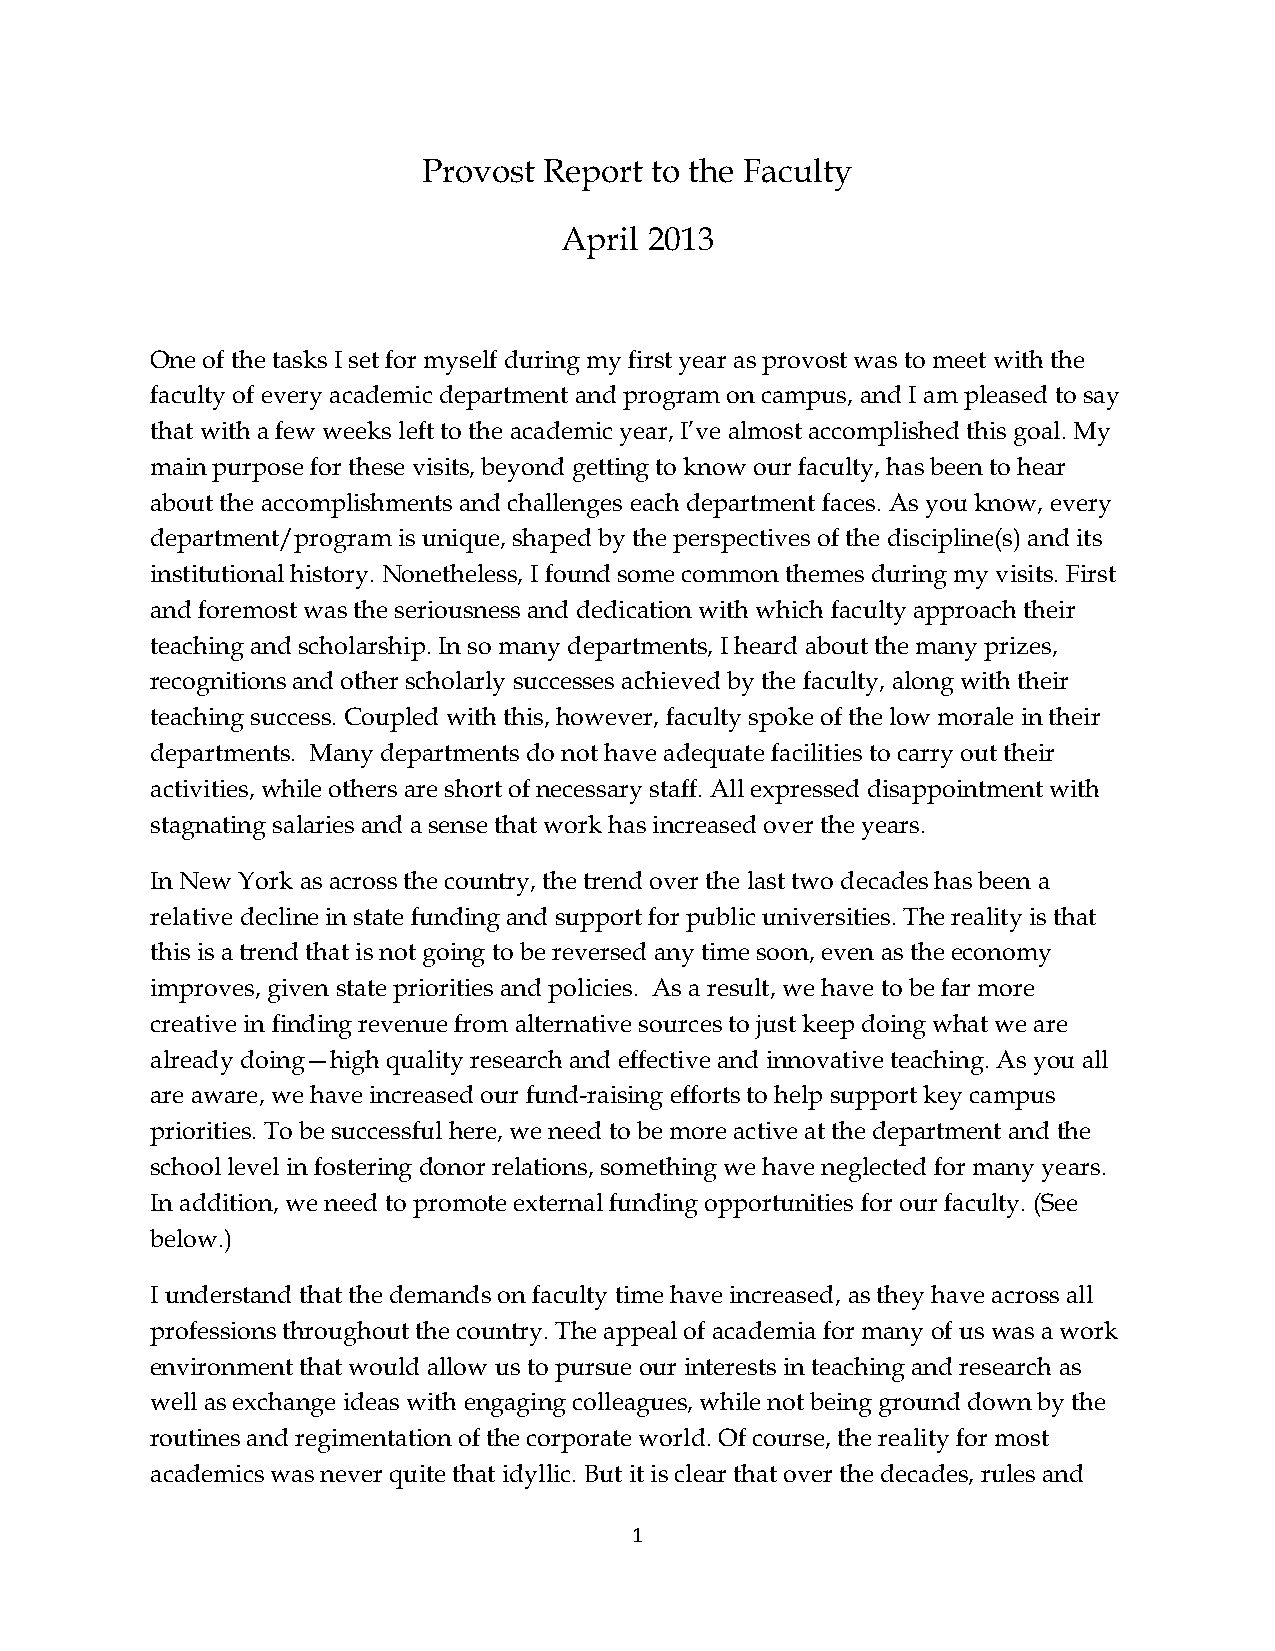
Provost Report to the Faculty
 April 2013
 One of the tasks I set for myself during my first year as provost was to meet with the
 faculty of every academic department and program on campus, and I am pleased to say
 that with a few weeks left to the academic year, I’ve almost accomplished this goal. My
 main purpose for these visits, beyond getting to know our faculty, has been to hear
 about the accomplishments and challenges each department faces. As you know, every
 department/program is unique, shaped by the perspectives of the discipline(s) and its
 institutional history. Nonetheless, I found some common themes during my visits. First
 and foremost was the seriousness and dedication with which faculty approach their
 teaching and scholarship. In so many departments, I heard about the many prizes,
 recognitions and other scholarly successes achieved by the faculty, along with their
 teaching success. Coupled with this, however, faculty spoke of the low morale in their
 departments. Many departments do not have adequate facilities to carry out their
 activities, while others are short of necessary staff. All expressed disappointment with
 stagnating salaries and a sense that work has increased over the years.
 In New York as across the country, the trend over the last two decades has been a
 relative decline in state funding and support for public universities. The reality is that
 this is a trend that is not going to be reversed any time soon, even as the economy
 improves, given state priorities and policies. As a result, we have to be far more
 creative in finding revenue from alternative sources to just keep doing what we are
 already doing—high quality research and effective and innovative teaching. As you all
 are aware, we have increased our fund-raising efforts to help support key campus
 priorities. To be successful here, we need to be more active at the department and the
 school level in fostering donor relations, something we have neglected for many years.
 In addition, we need to promote external funding opportunities for our faculty. (See
 below.)
 I understand that the demands on faculty time have increased, as they have across all
 professions throughout the country. The appeal of academia for many of us was a work
 environment that would allow us to pursue our interests in teaching and research as
 well as exchange ideas with engaging colleagues, while not being ground down by the
 routines and regimentation of the corporate world. Of course, the reality for most
 academics was never quite that idyllic. But it is clear that over the decades, rules and
 1